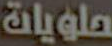
حلويات